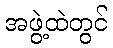
အဖွဲ့ထဲတွင်